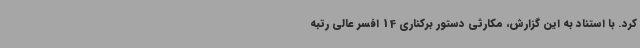
کرد. با استناد به این گزارش، مکارثی دستور برکناری 14 افسر عالی رتبه